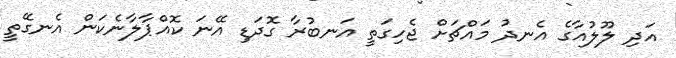
އަދި ލޫލުއާގެ އެނދު މައްޗަށް ޖެހިގަތީ އަނބުރާ ގޮދަޑި އޭނަ ކޮއްޕާލާނެކަން އެނގޭތީ